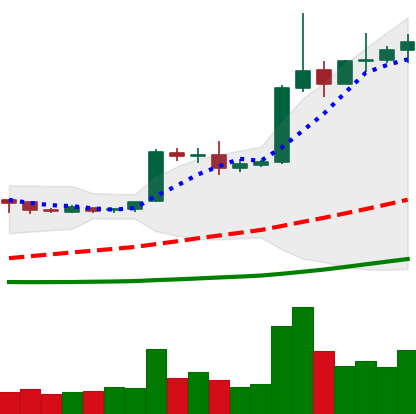
Ticker: EOS-USD
Chart end date: 2019-04-08
Forward return: -3.782%
Label: down_3_5